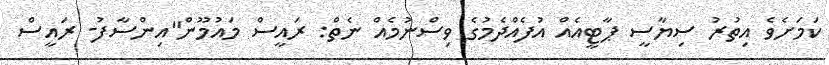
ކަމަށެވެ އިތުރު ސިޔާސީ ޕާޓީއެއް އުފެއްދެމުގެ ވިސްނުމެއް ނެތް: ރައީސް މައުމޫން"އިންސާފު- ރައީސް